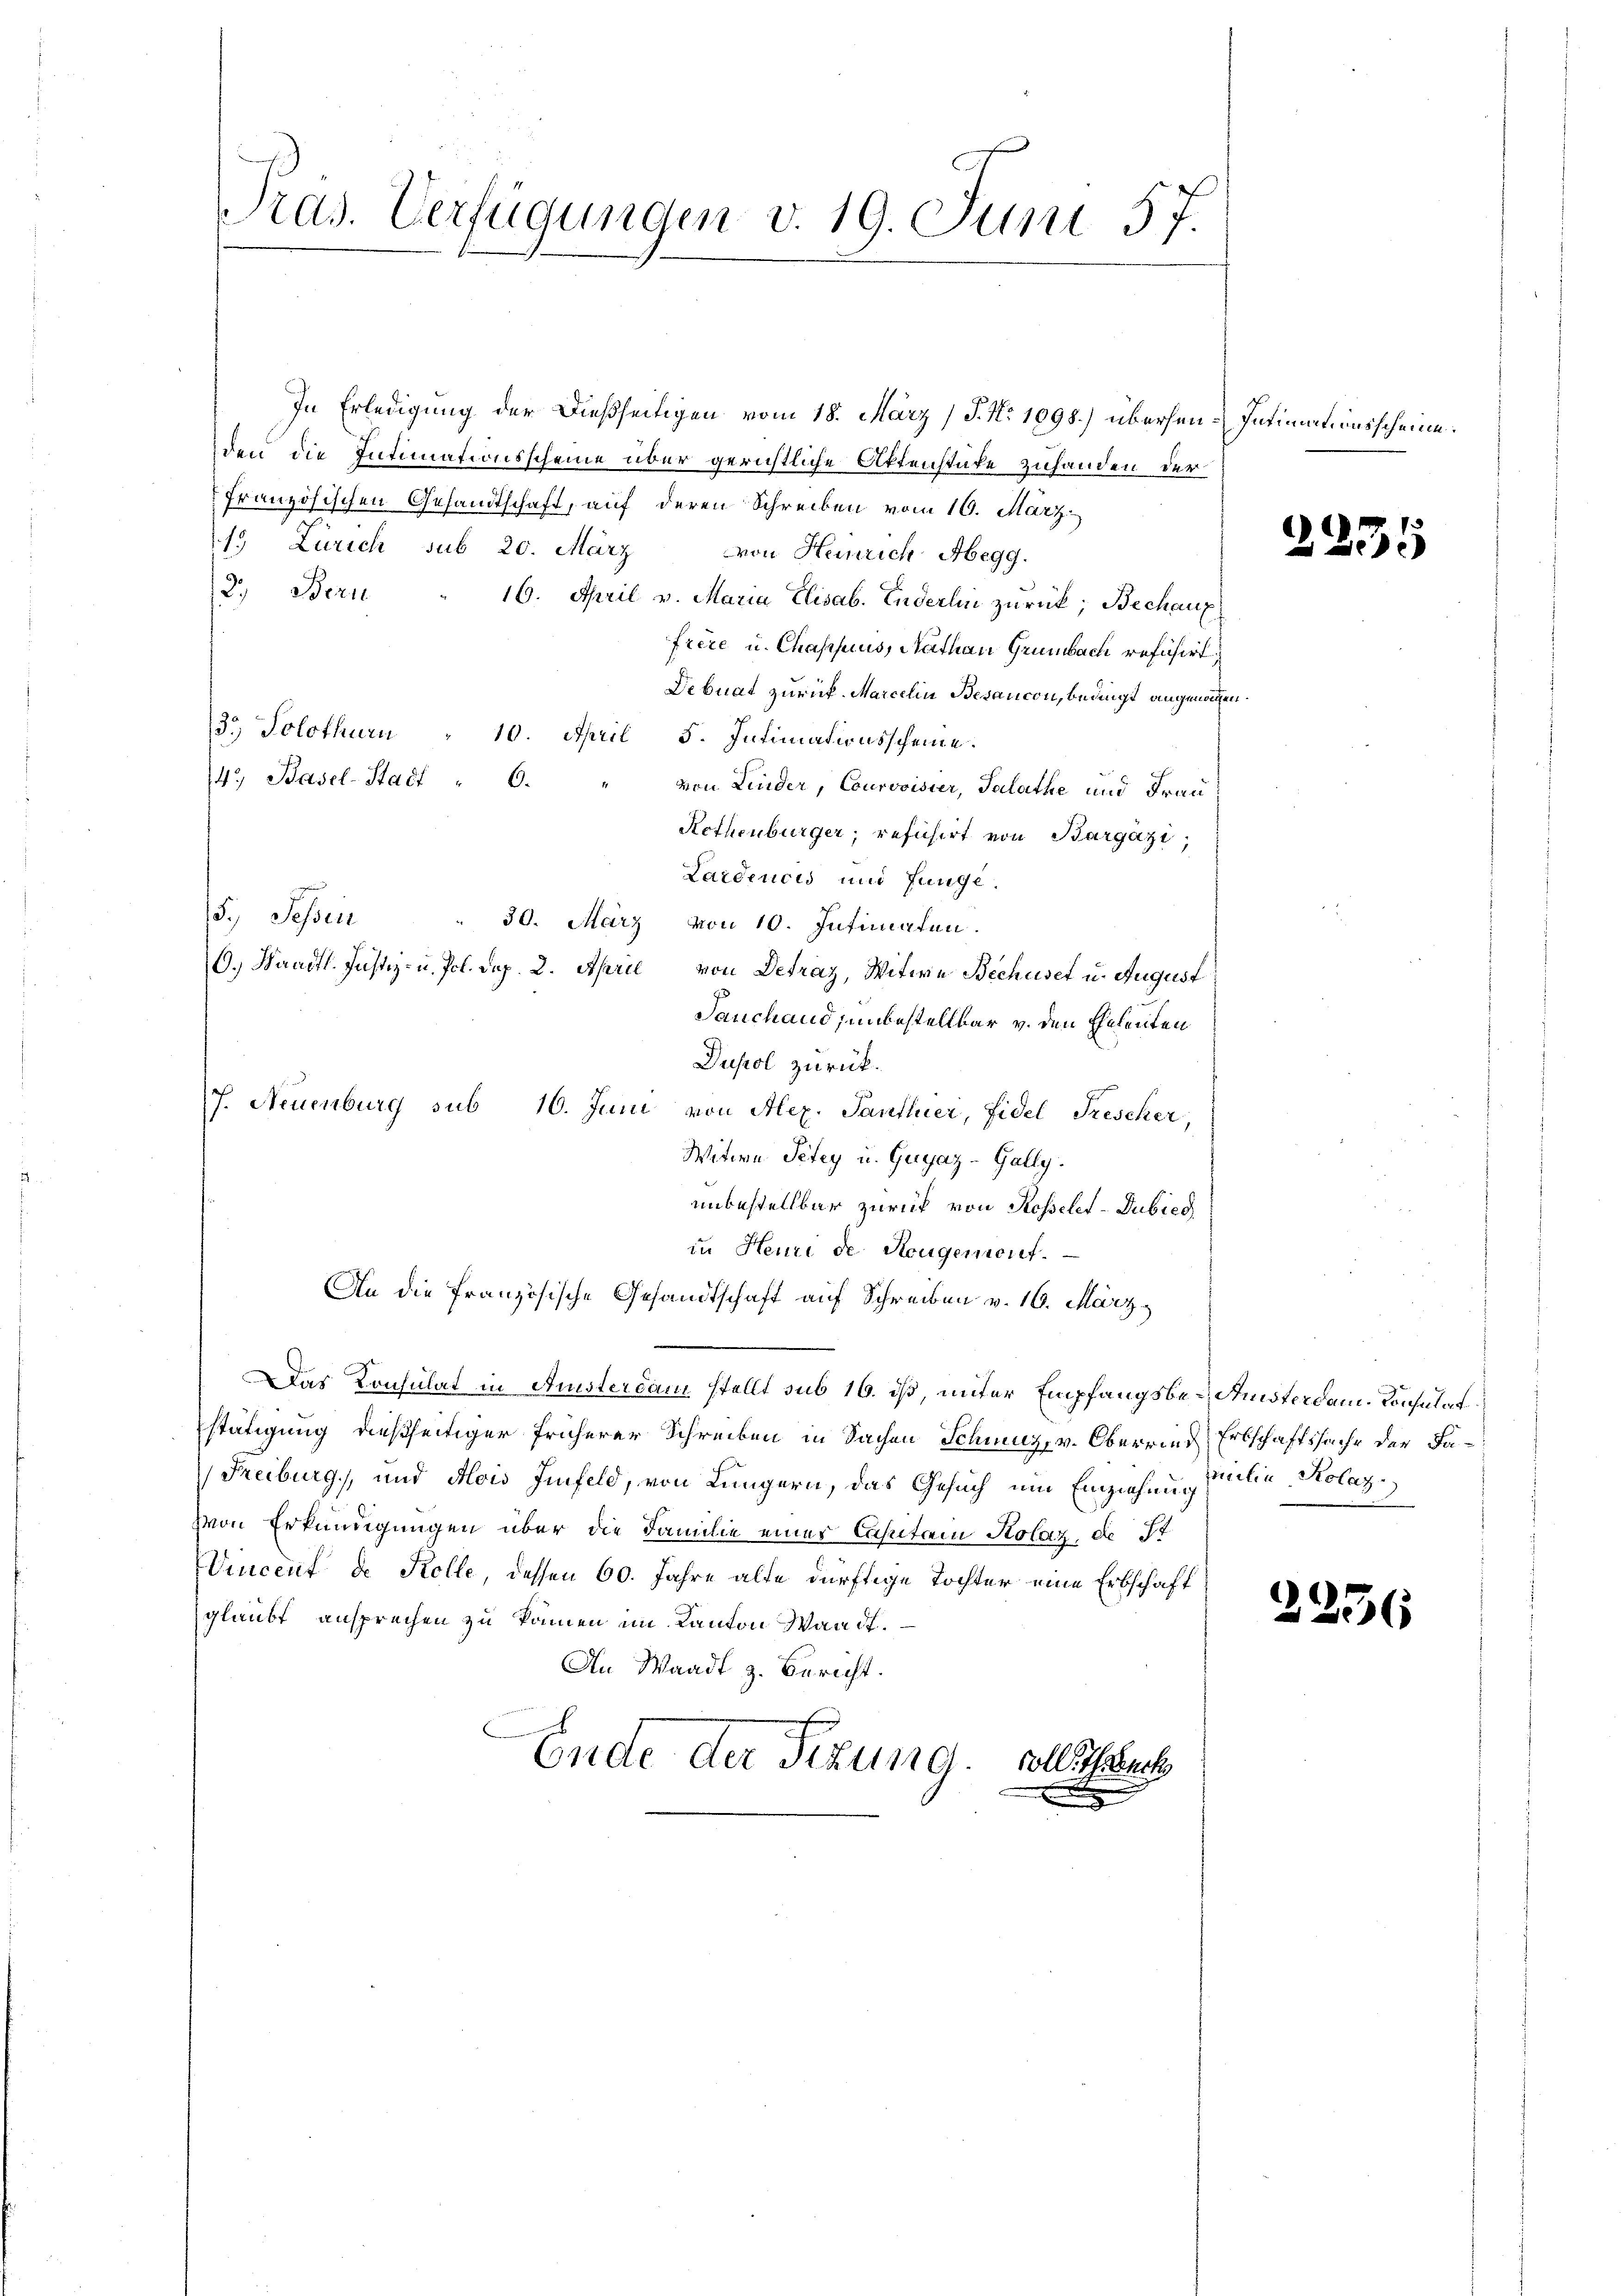
Pras. Verfügungen v. 19. Juni 57.

den die Intimationsscheine über gerichtliche Aktenstüke zuhanden der
französischen Gesandtschaft, auf deren Schreiben vom 16. März
1. Zürich sub 20. März
von Heinrich Abegg.
2.) Bern
16. April v. Maria Elisab. Enderlin zurück; Bechanz
frere u. Chassus, Nathan Grünbach refusirt,
Debuat zurück. Marcelin Besancon, bedingt angenommen.
3.) Solothurn " 10. April 5. Intimationsscheine.
47, Basel-Stadt " 6.
von Linder, Courvoisier, Salathe und Frau
Rothenburger, refusirt von Bargazi
Lardencis und Junge.
5. Sessen . 30. März von 10. Intimaten.
C.) Waadt. Justiz- u. Pol. Dep. 2. April von Detrag, Witwe Bechiset u. August
Tauchand, unbestellbar v. den Eheleuten
Dupol zurück.
J. Neuenburg sub 16. Juni von Alex. Panthier, Fidel Frescher,
Witwe Petey u. Gugaz-Gally.
unbestellbar zurück von Stosselet-Dubica
in Heure de Neugement.
An die französische Gesandtschaft auf Schreiben v. 16. März
e
Das Konsulat in Ansterdam stellt sub 16. ist, unter Empfangsbes. Amsterdam. Konsulat
stätigung dießseitiger früherer Schreiben in Sachen Schweiz, v. Oberries Erbschaftssache der Fa¬
Freiburg, und Alois Iinfeld, von Lungern, das Gesuch um Einziehung verlin, Kolaz
Von Erkundigungen über die Familie einer Capitam Kolaz, de St
Vincent de Kolle, dessen 60. Jahre alte dürftige Tochter eine Erbschaft
glaubt ansprechen zu können im Kanton Waadt.
An Waadt z. Bericht.
Ende der Sitzung. Soll auch

In Erledigung der dießseitigen vom 18. März (T. No 1098.) überhen-Intimationsscheine.

2235

2236